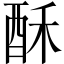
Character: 酥